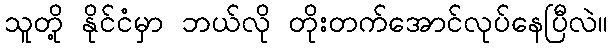
သူတို့ နိုင်ငံမှာ ဘယ်လို တိုးတက်အောင်လုပ်နေပြီလဲ။